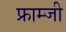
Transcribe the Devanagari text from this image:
फ्राम्जी